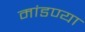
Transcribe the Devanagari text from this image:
मांडण्या